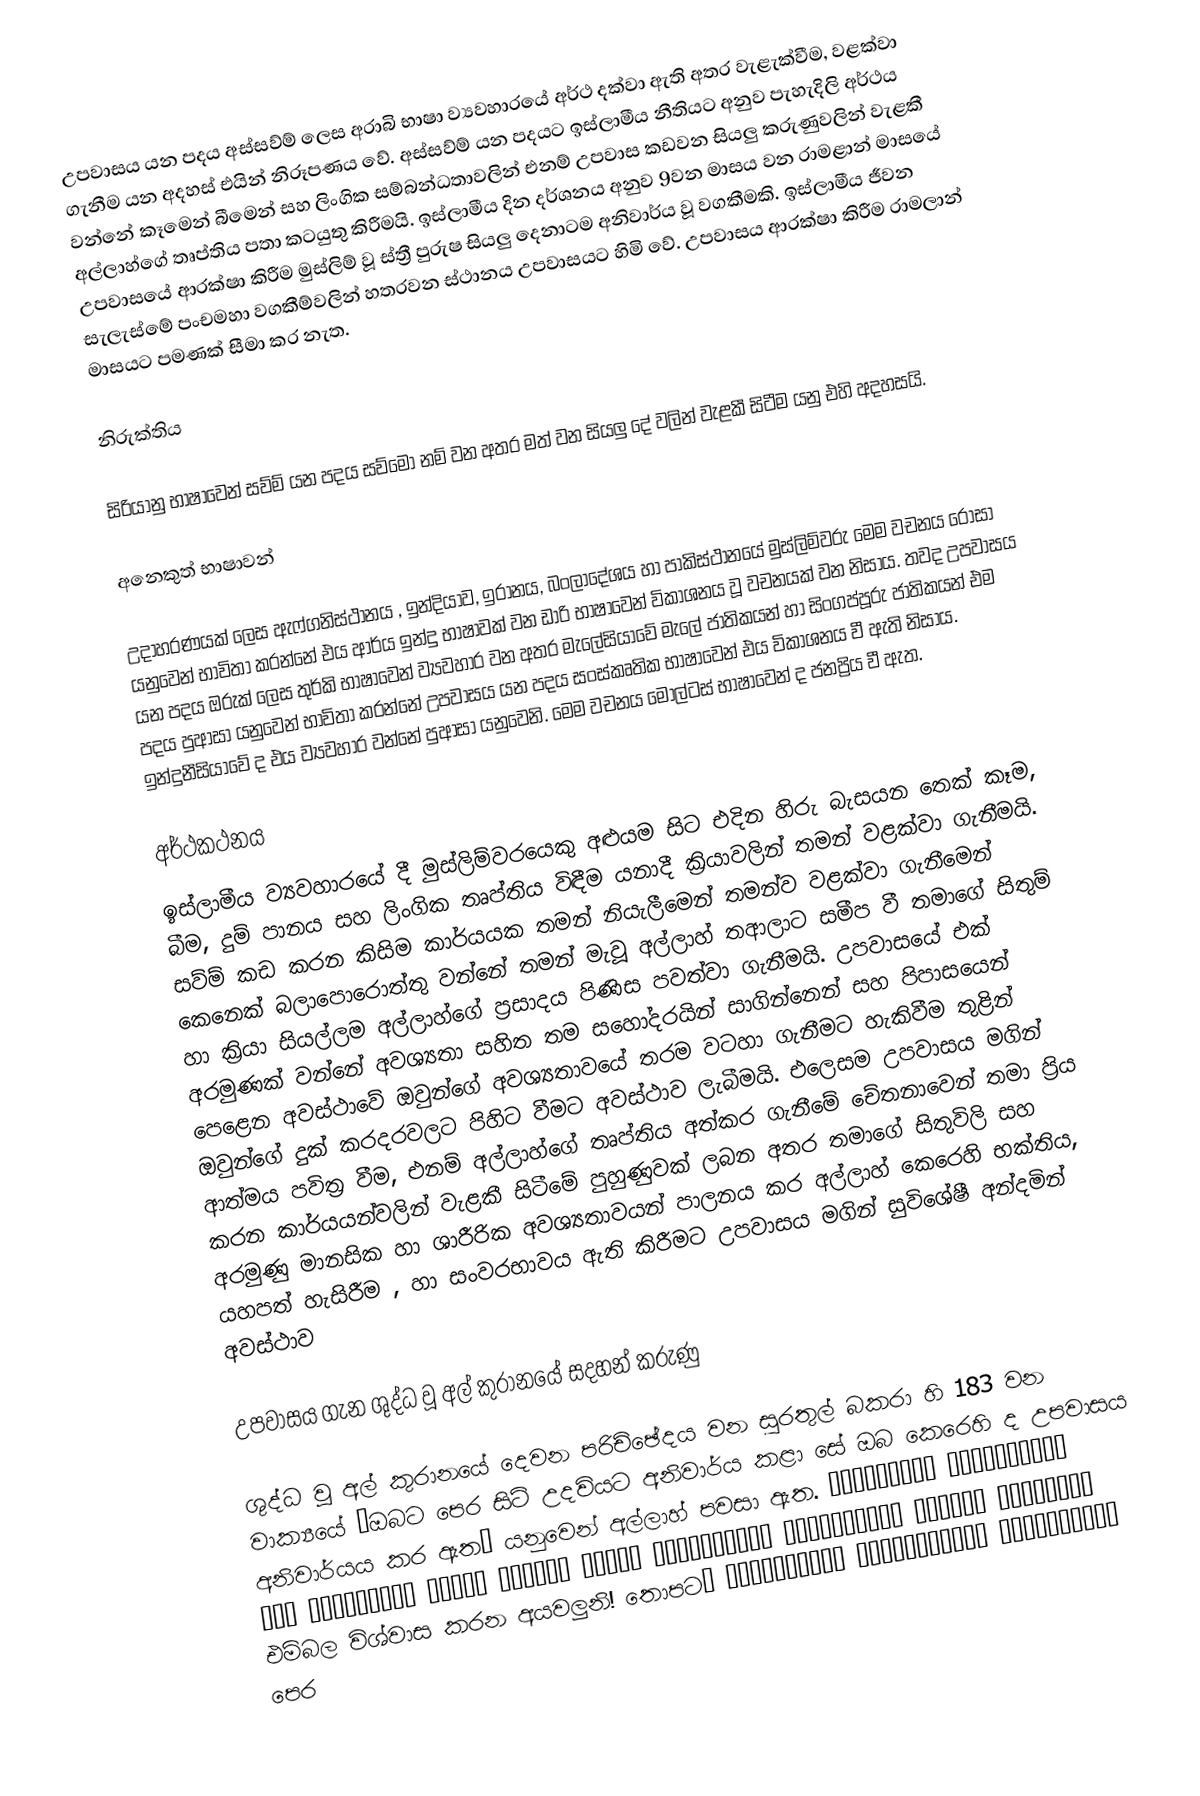
උපවාසය යන පදය අස්සව්ම් ලෙස අරාබි භාෂා ව්‍යවහාරයේ අර්ථ දක්වා ඇති අතර වැළැක්වීම, වළක්වා ගැනීම යන අදහස් එයින් නිරූපණය වේ. අස්සව්ම් යන පදයට ඉස්ලාමීය නීතියට අනුව පැහැදිලි අර්ථය වන්නේ කෑමෙන් බීමෙන් සහ ලිංගික සම්බන්ධතාවලින් එනම් උපවාස කඩවන සියලු කරුණුවලින් වැළකී අල්ලාහ්ගේ තෘප්තිය පතා කටයුතු කිරීමයි. ඉස්ලාමීය දින දර්ශනය අනුව 9වන මාසය වන රාමළාන් මාසයේ උපවාසයේ ආරක්ෂා කිරීම මුස්ලිම් වූ ස්ත්‍රී පුරුෂ සියලු දෙනාටම අනිවාර්ය වූ වගකීමකි. ඉස්ලාමීය ජීවන සැලැස්මේ පංචමහා වගකීම්වලින් හතරවන ස්ථානය උපවාසයට හිමි වේ. උපවාසය ආරක්ෂා කිරීම රාමලාන් මාසයට පමණක් සීමා කර නැත.

නිරුක්තිය

සිරියානු භාෂාවෙන් සව්ම් යන පදය සව්මෝ නම් වන අතර මත් වන සියලු දේ වලින් වැළකී සිටීම යනු එහි අදහසයි.

අනෙකුත් භාෂාවන්

උදාහරණයක් ලෙස ඇෆ්ගනිස්ථානය , ඉන්දියාව, ඉරානය, බංලාදේශය හා පාකිස්ථානයේ මුස්ලිම්වරු ‍මෙම වචනය රෝසා යනුවෙන් භාවිතා කරන්නේ එය ආර්ය ඉන්දු භාෂාවක් වන ඩාරි භාෂාවෙන් විකාශනය වූ වචනයක් වන නිසාය. තවද උපවාසය යන පදය ඔරුක් ලෙස තුර්කි භාෂාවෙන් ව්‍යවහාර වන අතර මැලේසියාවේ මැලේ ජාතිකයන් හා සිංගප්පූරු ජාතිකයන් එම පදය පුආසා යනුවෙන් භාවිතා කරන්නේ උපවාසය යන පදය සංස්කෘතික භාෂාවෙන් එය විකාශනය වී ඇති නිසාය. ඉන්දුනීසියාවේ ද එය ව්‍යවහාර වන්නේ පුආසා යනුවෙනි. මෙම වචනය මෝල්ටස් භාෂාවෙන් ද ජනප්‍රිය වී ඇත.

අර්ථකථනය
ඉස්ලාමීය ව්‍යවහාරයේ දී මුස්ලිම්වරයෙකු අළුයම සිට එදින හිරු බැසයන තෙක් කෑම, බීම, දුම් පානය සහ ලිංගික තෘප්තිය විඳීම යනාදී ක්‍රියාවලින් තමන් වළක්වා ගැනීමයි. සව්ම් කඩ කරන කිසිම කාර්යයක තමන් නියැලීමෙන් තමන්ව වළක්වා ගැනීමෙන් කෙනෙක් බලාපොරොත්තු වන්නේ තමන් මැවූ අල්ලාහ් තආලාට සමීප වී තමාගේ සිතුම් හා ක්‍රියා සියල්ලම අල්ලාහ්ගේ ප්‍රසාදය පිණිස පවත්වා ගැනීමයි. උපවාසයේ එක් අරමුණක් වන්නේ අවශ්‍යතා සහිත තම සහෝදරයින් සාගින්නෙන් සහ පිපාසයෙන් පෙළෙන අවස්ථාවේ ඔවුන්ගේ අවශ්‍යතාවයේ තරම වටහා ගැනීමට හැකිවීම තුළින් ඔවුන්ගේ දුක් කරදරවලට පිහිට වීමට අවස්ථාව ලැබීමයි. එලෙසම උපවාසය මගින් ආත්මය පවිත්‍ර වීම, එනම් අල්ලාහ්ගේ තෘප්ති‍ය අත්කර ගැනීමේ චේතනාවෙන් තමා ප්‍රිය කරන කාර්යයන්වලින් වැළකී සිටීමේ පුහුණුවක් ලබන අතර තමා‍ගේ සිතුවිලි සහ අරමුණු මානසික හා ශාරීරික අවශ්‍යතාවයන් පාලනය කර අල්ලාහ් කෙරෙහි භක්තිය, යහපත් හැසිරීම , හා සංවරභාවය ඇති කිරීමට උපවාසය මගින් සුවිශේෂී අන්දමින් අවස්ථාව

උපවාසය ගැන ශුද්ධ වූ අල් කුරානයේ සදහන් කරුණු

ශුද්ධ වූ අල් කුරානයේ දෙවන පරිච්ඡේදය වන සුරතුල් බකරා හි 183 වන වාක්‍යයේ “ඔබට පෙර සිටි උදවියට අනිවාර්ය කළා සේ ඔබ කෙරෙහි ද උපවාසය අනිවාර්යය කර ඇත” යනුවෙන් අල්ලාහ් පවසා ඇත.  يٰأَيُّهَا ٱلَّذِينَ آمَنُواْ كُتِبَ عَلَيْكُمُ ٱلصِّيَامُ كَمَا كُتِبَ عَلَى ٱلَّذِينَ مِن قَبْلِكُمْ لَعَلَّكُمْ تَتَّقُونَ “එම්බල විශ්වාස කරන අයවලුනි! තොපට පෙර